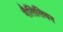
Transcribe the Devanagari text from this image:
गैलिलियन